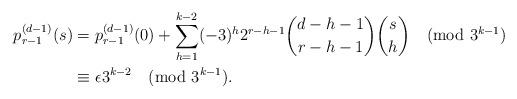
LaTeX: \begin{align*}p_{r-1}^{(d-1)}(s)&=p_{r-1}^{(d-1)}(0)+\sum_{h=1}^{k-2}(-3)^h2^{r-h-1}\binom{d-h-1}{r-h-1}\binom{s}{h}\pmod{3^{k-1}}\\&\equiv \epsilon 3^{k-2}\pmod{3^{k-1}}.\end{align*}